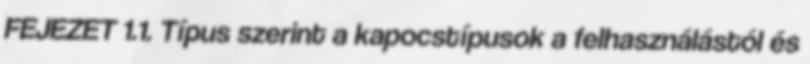
FEJEZET 1.1. Típus szerint a kapocstípusok a felhasználástól és